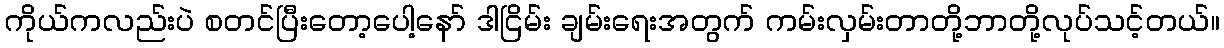
ကိုယ်ကလည်းပဲ စတင်ပြီးတော့ပေါ့နော် ဒါငြိမ်း ချမ်းရေးအတွက် ကမ်းလှမ်းတာတို့ဘာတို့လုပ်သင့်တယ်။